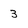
Character: 3